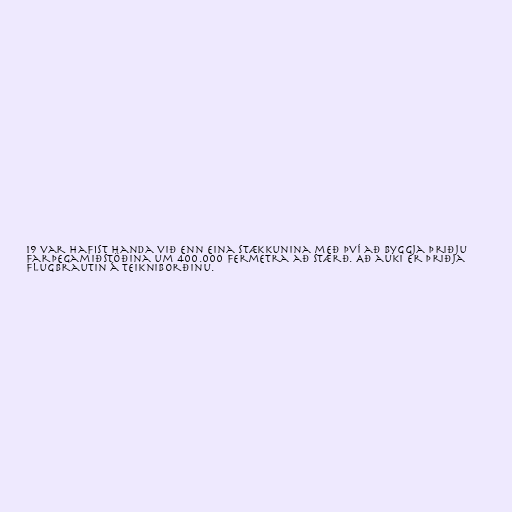
19 var hafist handa við enn eina stækkunina með því að byggja þriðju
farþegamiðstöðina um 400.000 fermetra að stærð. Að auki er þriðja
flugbrautin á teikniborðinu.